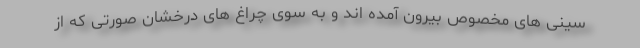
سینی های مخصوص بیرون آمده اند و به سوی چراغ های درخشان صورتی که از